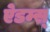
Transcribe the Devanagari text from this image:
ऐडम्स्‌